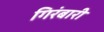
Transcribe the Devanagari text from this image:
गिरंबारी